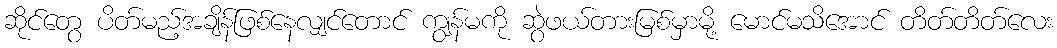
ဆိုင်တွေ ပိတ်မည့်အချိန်ဖြစ်နေလျှင်တောင် ကျွန်မကို ဆွဲဖယ်တားမြစ်မှာမို့ မောင်မသိအောင် တိတ်တိတ်လေး